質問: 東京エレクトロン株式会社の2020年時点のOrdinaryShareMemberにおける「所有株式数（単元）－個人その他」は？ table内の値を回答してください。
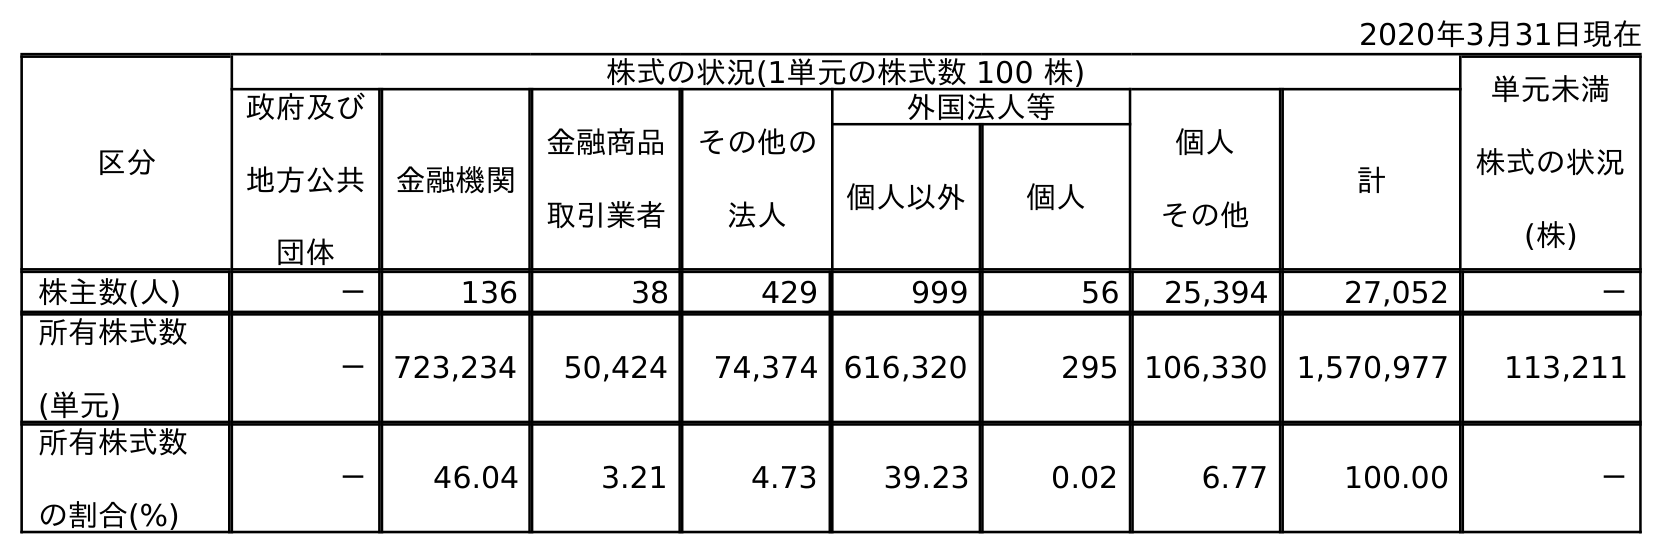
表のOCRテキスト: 2020年3月31日現在 区分 株式の状況(1単元の株式数 100 株) 単元未満 株式の状況 (株) 政府及び 地方公共 団体 金融機関 金融商品 取引業者 その他の 法人 外国法人等 個人 その他 計 個人以外 個人 株主数(人) － 136 38 429 999 56 25,394 27,052 － 所有株式数 (単元) － 723,234 50,424 74,374 616,320 295 106,330 1,570,977 113,211 所有株式数 の割合(%) － 46.04 3.21 4.73 39.23 0.02 6.77 100.00 －
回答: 106,330